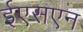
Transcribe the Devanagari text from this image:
ईएसएन